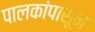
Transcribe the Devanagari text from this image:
पालकांपासून